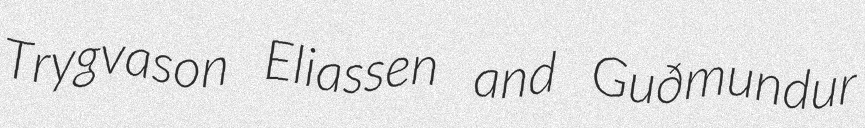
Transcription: Trygvason Eliassen and Guðmundur